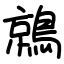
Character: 鶁